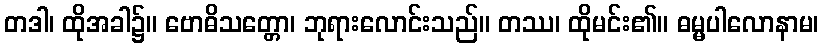
တဒါ၊ ထိုအခါ၌။ ဗောဓိသတ္တော၊ ဘုရားလောင်းသည်။ တဿ၊ ထိုမင်း၏။ ဓမ္မပါလောနာမ၊